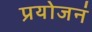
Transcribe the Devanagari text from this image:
प्रयोजनं